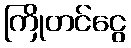
ကြိုတင်ငွေ